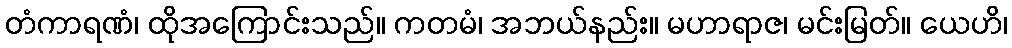
တံကာရဏံ၊ ထိုအကြောင်းသည်။ ကတမံ၊ အဘယ်နည်း။ မဟာရာဇ၊ မင်းမြတ်။ ယေဟိ၊